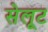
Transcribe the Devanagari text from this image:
सेलूट